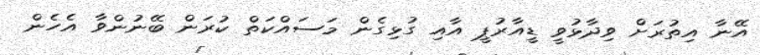
އޭނާ އިތުރަށް ވިދާޅުވީ ޑީއާރުޕީ އާއި ގުޅިގެން މަސައްކަތް ކުރަން ބޭނުންވާ އެހެން